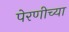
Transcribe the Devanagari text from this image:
पेरणीच्या